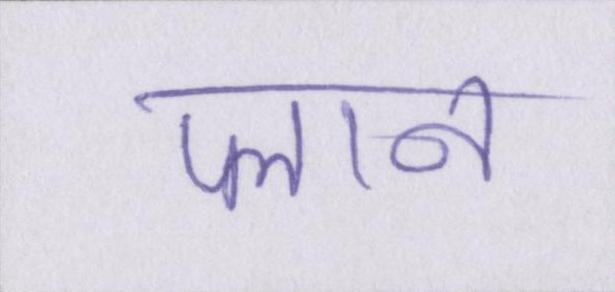
प्लान